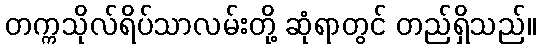
တက္ကသိုလ်ရိပ်သာလမ်းတို့ ဆုံရာတွင် တည်ရှိသည်။